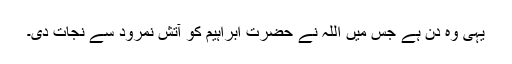
یہی وہ دن ہے جس میں اللہ نے حضرت ابراہیمؑ کو آتش نمرود سے نجات دی۔